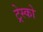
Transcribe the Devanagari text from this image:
ट्रेस्को